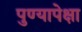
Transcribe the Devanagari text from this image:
पुण्यापेक्षा